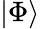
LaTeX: \vert\Phi\rangle